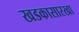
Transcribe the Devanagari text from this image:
खडकासारखा